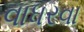
વાધરવા